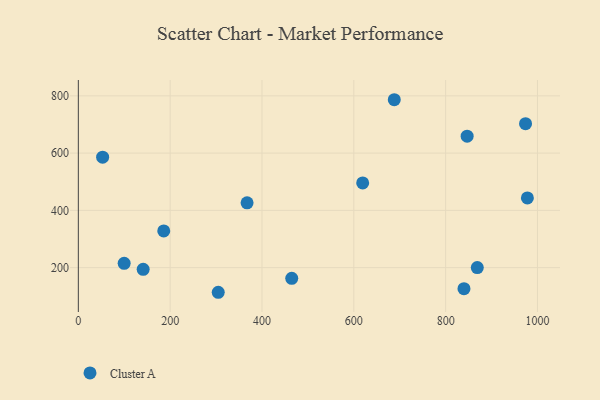
{"axis": {"x": "Ad Spend", "y": "Fuel Efficiency"}, "legend": ["Cluster A"], "data": [{"x": "868.9", "y": 200.3, "type": "Cluster A"}, {"x": "186.0", "y": 328.2, "type": "Cluster A"}, {"x": "619.3", "y": 496.0, "type": "Cluster A"}, {"x": "839.9", "y": 126.6, "type": "Cluster A"}, {"x": "846.8", "y": 659.1, "type": "Cluster A"}, {"x": "367.5", "y": 426.5, "type": "Cluster A"}, {"x": "464.8", "y": 162.6, "type": "Cluster A"}, {"x": "52.9", "y": 585.9, "type": "Cluster A"}, {"x": "978.0", "y": 443.4, "type": "Cluster A"}, {"x": "141.2", "y": 193.9, "type": "Cluster A"}, {"x": "304.7", "y": 113.9, "type": "Cluster A"}, {"x": "974.0", "y": 703.0, "type": "Cluster A"}, {"x": "688.1", "y": 786.5, "type": "Cluster A"}, {"x": "99.8", "y": 214.9, "type": "Cluster A"}]}